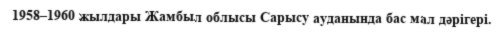
1958–1960 жылдары Жамбыл облысы Сарысу ауданында бас мал дәрігері.